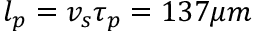
l _ { p } = v _ { s } \tau _ { p } = 1 3 7 \mu m